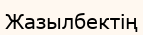
Жазылбектің